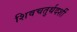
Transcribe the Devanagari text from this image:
शिवचतुर्थदर्शी